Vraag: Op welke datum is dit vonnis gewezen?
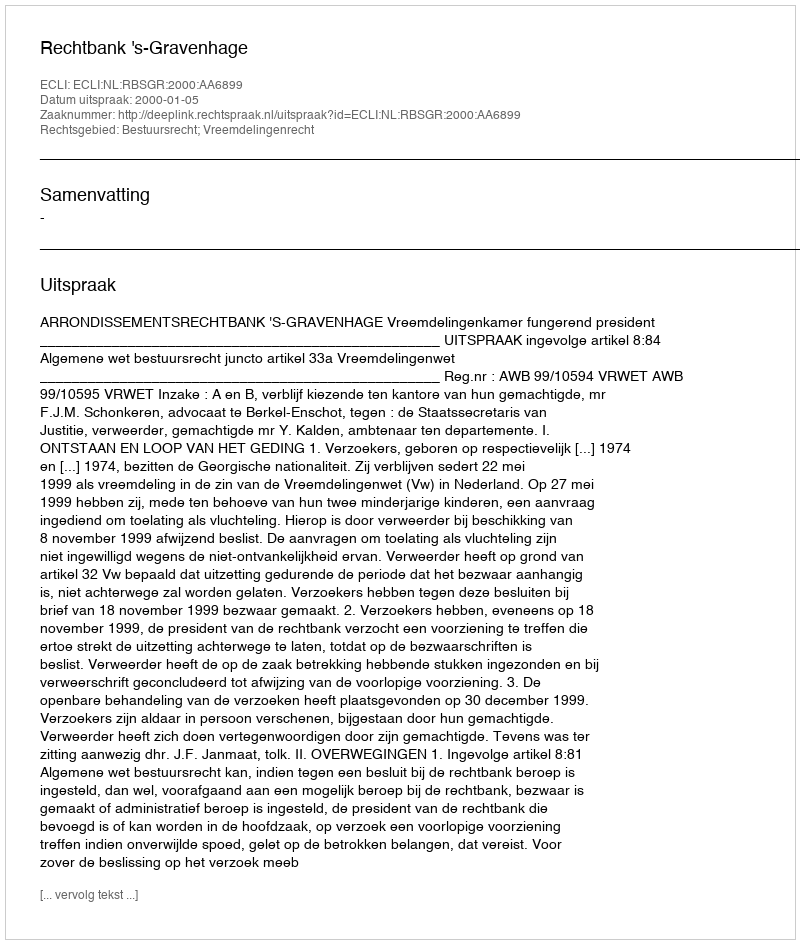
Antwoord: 2000-01-05